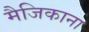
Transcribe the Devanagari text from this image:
मैजिकाना